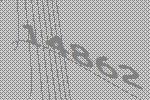
14862